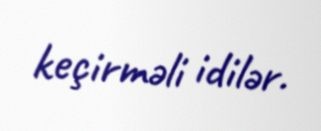
keçirməli idilər.